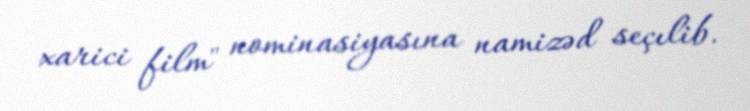
xarici film" nominasiyasına namizəd seçılib.